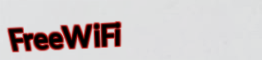
FreeWiFi